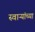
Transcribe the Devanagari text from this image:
स्वाऱ्यांच्या